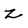
Character: z